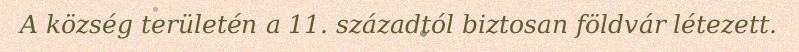
A község területén a 11. századtól biztosan földvár létezett.